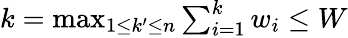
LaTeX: k=\textstyle\operatorname*{max}_{1\leq k^{\prime}\leq n}\textstyle\sum_{i=1}^{k}w_{i}\leq W